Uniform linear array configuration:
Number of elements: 48
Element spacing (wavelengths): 0.5
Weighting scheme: blackman
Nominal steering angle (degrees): -45
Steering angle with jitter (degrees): -46.66
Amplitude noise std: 0.05
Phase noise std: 0.05

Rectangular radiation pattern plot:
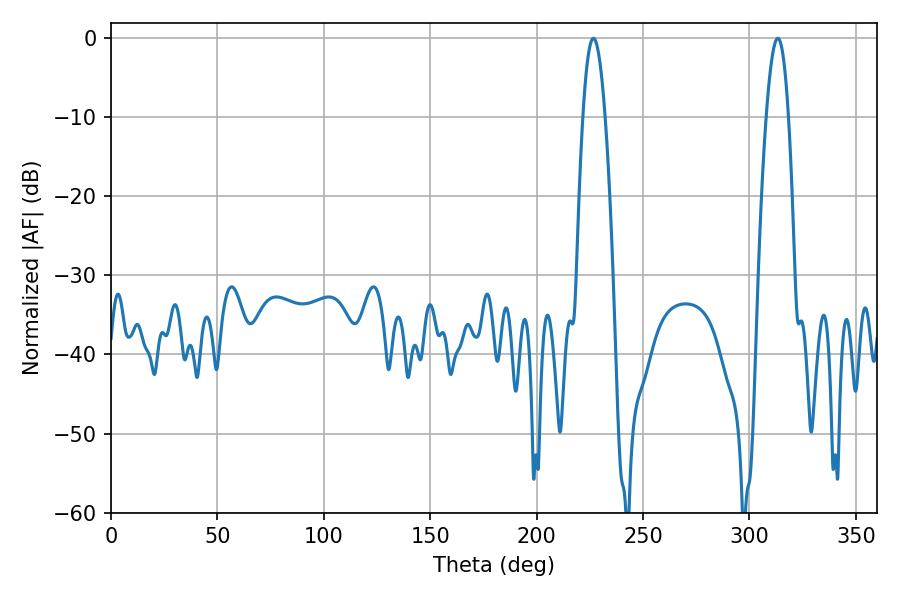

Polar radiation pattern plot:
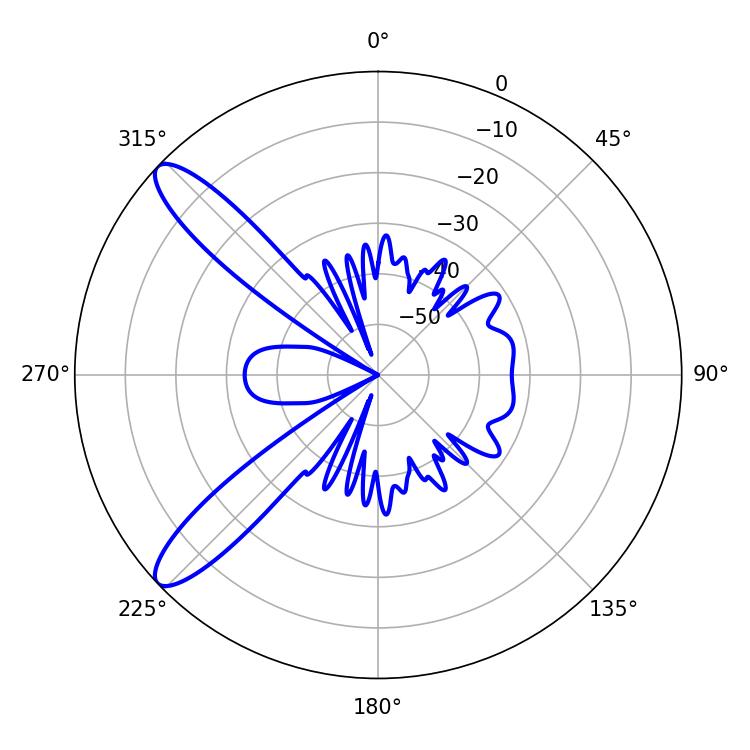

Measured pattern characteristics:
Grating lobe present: FALSE
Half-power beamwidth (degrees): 5.76
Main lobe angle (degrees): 226.62